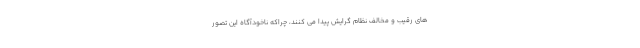
های رقیب و مخالف نظام گرایش پیدا می کنند، چراکه ناخودآگاه این تصور